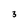
Character: 3